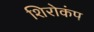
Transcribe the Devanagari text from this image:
शिरोकंप